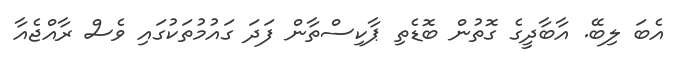
އެބަ ލިބޭ. އާބާދީގެ ގޮތުން ބޮޑެތި ޕާކިސްތާން ފަދަ ގައުމުތަކުގައި ވެސް ރާއްޖެއާ